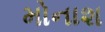
મોનાશ